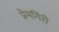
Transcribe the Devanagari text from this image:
प्रेमगिरी